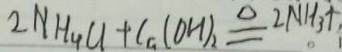
2 N H _ { 4 } C l + C a ( O H ) _ { 2 } \cong 2 N H _ { 3 } \uparrow